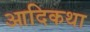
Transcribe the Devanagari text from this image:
आदिकथा